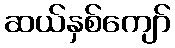
ဆယ်နှစ်ကျော်